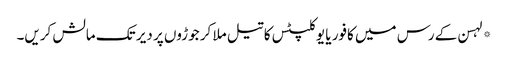
*لہسن کے رس میں کافور یا یوکلپٹس کا تیل ملا کر جوڑوں پر دیر تک مالش کریں۔